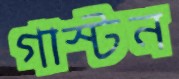
গাস্টন